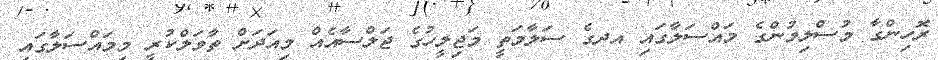
ރޮހިންގާ މުސްލިމުންގެ މައްސަލާގައި އދގެ ސަލާމަތީ މަޖިލީހުގެ ޖަލްސާއެއް މިއަދަށް ތާވަލްކުރީ މިމައްސަލާގައި